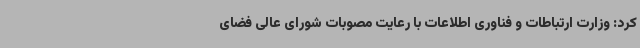
کرد: وزارت ارتباطات و فناوری اطلاعات با رعایت مصوبات شورای عالی فضای